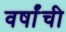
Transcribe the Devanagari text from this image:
वर्षांंची